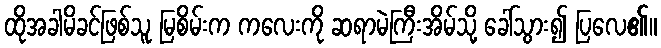
ထိုအခါမိခင်ဖြစ်သူ မြစိမ်းက ကလေးကို ဆရာမဲကြီးအိမ်သို့ ခေါ်သွား၍ ပြလေ၏။